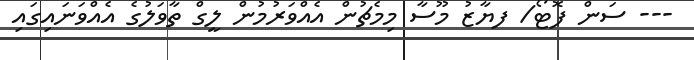
--- ސަން ފޮޓޯ/ ފޔާޒު މޫސާ މިމެޗުން އެއްވަރުމުން ލީގް ތާވަލުގެ އެއްވަނައިގައި